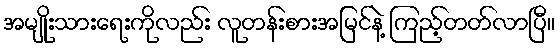
အမျိုးသားရေးကိုလည်း လူတန်းစားအမြင်နဲ့ ကြည့်တတ်လာပြီ။